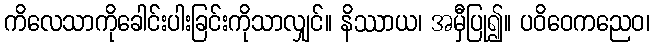
ကိလေသာကိုခေါင်းပါးခြင်းကိုသာလျှင်။ နိဿာယ၊ အမှီပြု၍။ ပဝိဝေကညေဝ၊